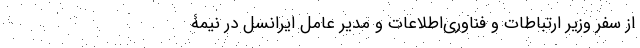
از سفر وزیر ارتباطات و فناوری‌اطلاعات و مدیر عامل ایرانسل در نیمۀ